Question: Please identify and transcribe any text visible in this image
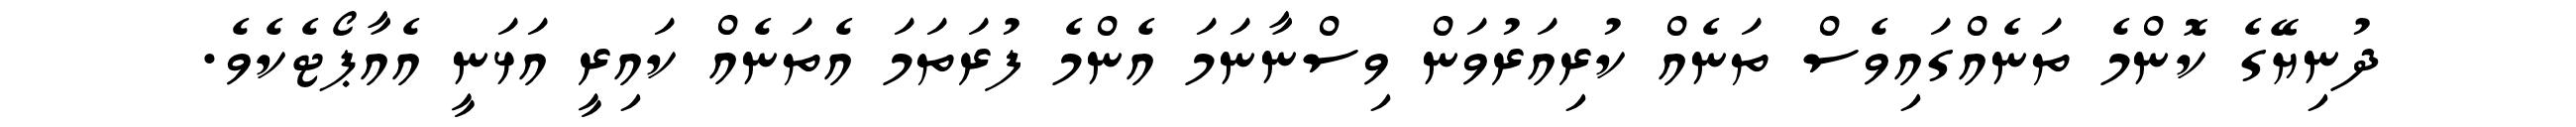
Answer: ދުނިޔޭގެ ކޮންމެ ތަނެއްގައިވެސް ތަނެއް ކުރިއަރުވަން ވިސްނާނަމަ އެންމެ ފުރަތަމަ އެތަނެއް ކައިރީ އަޅަނީ އެއާޕޯޓެކެވެ.